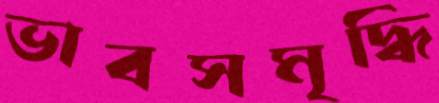
ভাবসমৃদ্ধি